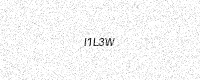
Text: I1L3W